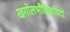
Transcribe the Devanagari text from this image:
खगोलभौतिकविदों